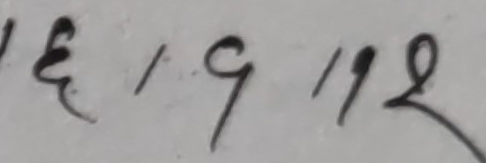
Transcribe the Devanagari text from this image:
६ / १ / १२